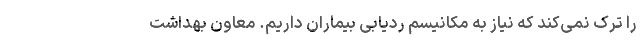
را ترک نمی‌کند که نیاز به مکانیسم ردیابی بیماران داریم. معاون بهداشت